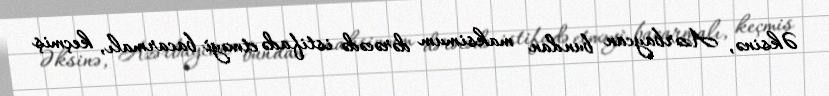
Əksinə, Azərbaycan bundan maksimum dərəcədə istifadə etməyi bacarmalı, keçmiş